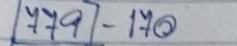
779 - 170